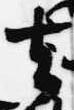
去